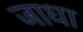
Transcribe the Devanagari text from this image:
जाधा